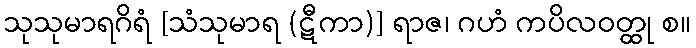
သုသုမာရဂိရံ [သံသုမာရ (ဋီကာ)] ရာဇ၊ ဂဟံ ကပိလဝတ္ထု စ။